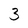
Character: 3